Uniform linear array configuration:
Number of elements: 8
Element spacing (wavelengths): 1
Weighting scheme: cosine
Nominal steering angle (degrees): -45
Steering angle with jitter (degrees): -46.52
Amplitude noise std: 0.05
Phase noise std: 0.05

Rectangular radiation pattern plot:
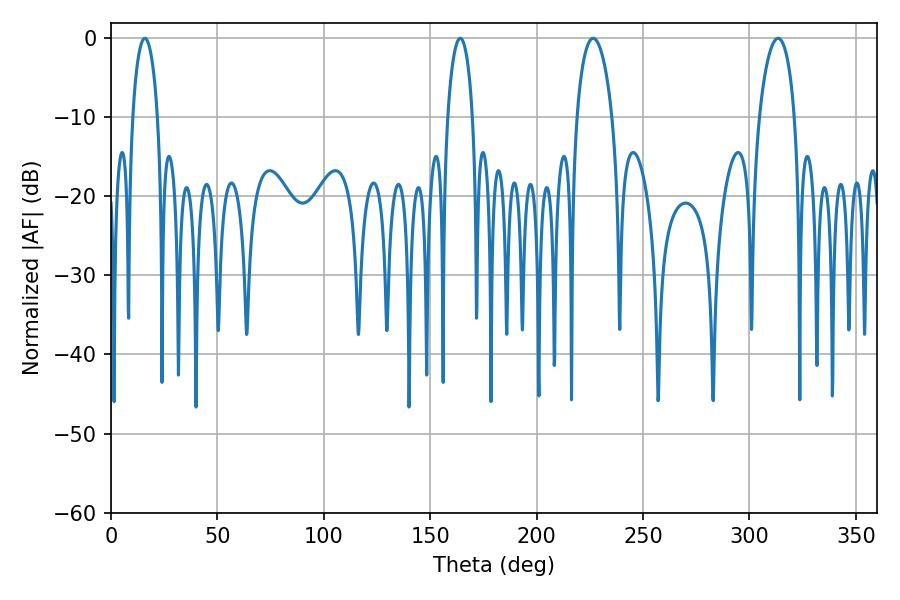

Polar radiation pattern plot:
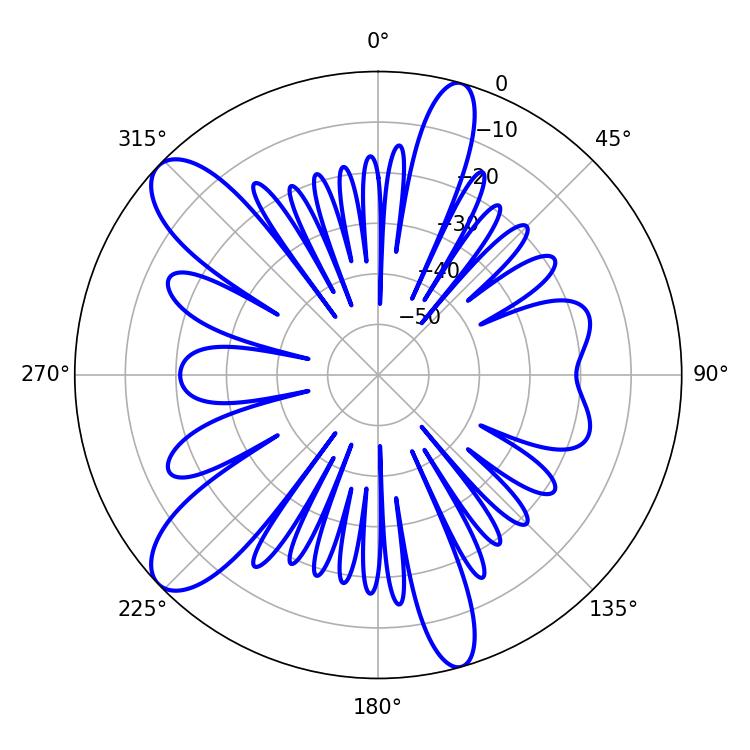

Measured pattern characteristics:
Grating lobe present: TRUE
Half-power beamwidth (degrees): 9.54
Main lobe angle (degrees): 226.62